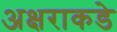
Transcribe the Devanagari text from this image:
अक्षराकडे